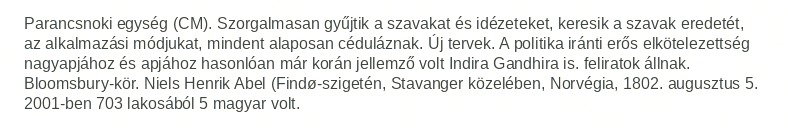
Parancsnoki egység (CM). Szorgalmasan gyűjtik a szavakat és idézeteket, keresik a szavak eredetét, az alkalmazási módjukat, mindent alaposan céduláznak. Új tervek. A politika iránti erős elkötelezettség nagyapjához és apjához hasonlóan már korán jellemző volt Indira Gandhira is. feliratok állnak. Bloomsbury-kör. Niels Henrik Abel (Findø-szigetén, Stavanger közelében, Norvégia, 1802. augusztus 5. 2001-ben 703 lakosából 5 magyar volt.